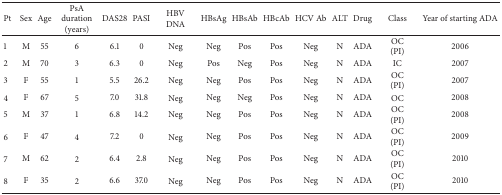
<table><thead><tr><td><b>Pt</b></td><td><b>Sex</b></td><td><b>Age</b></td><td><b>PsAduration (years)</b></td><td><b>DAS28</b></td><td><b>PASI</b></td><td><b>HBV DNA</b></td><td><b>HBsAg</b></td><td><b>HBsAb</b></td><td><b>HBcAb</b></td><td><b>HCV Ab</b></td><td><b>ALT</b></td><td><b>Drug</b></td><td><b>Class</b></td><td><b>Year of starting ADA</b></td></tr></thead><tbody><tr><td>1</td><td>M</td><td>55</td><td>6</td><td>6.1</td><td>0</td><td>Neg</td><td>Neg</td><td>Pos</td><td>Pos</td><td>Neg</td><td>N</td><td>ADA</td><td>OC (PI)</td><td>2006</td></tr><tr><td>2</td><td>M</td><td>70</td><td>3</td><td>6.3</td><td>0</td><td>Neg</td><td>Pos</td><td>Neg</td><td>Pos</td><td>Neg</td><td>N</td><td>ADA</td><td>IC</td><td>2007</td></tr><tr><td>3</td><td>F</td><td>55</td><td>1</td><td>5.5</td><td>26.2</td><td>Neg</td><td>Neg</td><td>Pos</td><td>Pos</td><td>Neg</td><td>N</td><td>ADA</td><td>OC (PI)</td><td>2007</td></tr><tr><td>4</td><td>F</td><td>67</td><td>5</td><td>7.0</td><td>31.8</td><td>Neg</td><td>Neg</td><td>Neg</td><td>Pos</td><td>Neg</td><td>N</td><td>ADA</td><td>OC</td><td>2008</td></tr><tr><td>5</td><td>M</td><td>37</td><td>1</td><td>6.8</td><td>14.2</td><td>Neg</td><td>Neg</td><td>Pos</td><td>Pos</td><td>Neg</td><td>N</td><td>ADA</td><td>OC (PI)</td><td>2008</td></tr><tr><td>6</td><td>F</td><td>47</td><td>4</td><td>7.2</td><td>0</td><td>Neg</td><td>Neg</td><td>Pos</td><td>Pos</td><td>Neg</td><td>N</td><td>ADA</td><td>OC (PI)</td><td>2009</td></tr><tr><td>7</td><td>M</td><td>62</td><td>2</td><td>6.4</td><td>2.8</td><td>Neg</td><td>Neg</td><td>Pos</td><td>Pos</td><td>Neg</td><td>N</td><td>ADA</td><td>OC (PI)</td><td>2010</td></tr><tr><td>8</td><td>F</td><td>35</td><td>2</td><td>6.6</td><td>37.0</td><td>Neg</td><td>Neg</td><td>Pos</td><td>Pos</td><td>Neg</td><td>N</td><td>ADA</td><td>OC (PI)</td><td>2010</td></tr></tbody></table>